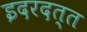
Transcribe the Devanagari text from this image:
इदरदत्त